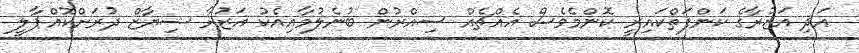
އަދި އަޒުރާގެ ކަންފަތްކައިރީ ކޮންމެވެސް އެއްޗެއް ސިއްރުން ބުނެލުމާއިއެކު އަޒުރާ ޝިޔާޒް ދުރަށްކޮއްޕާލީ